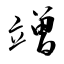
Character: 竲